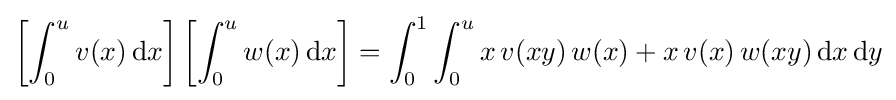
\left[\int _{0}^{u}v(x)\,\mathrm {d} x\right]\left[\int _{0}^{u}w(x)\,\mathrm {d} x\right]=\int _{0}^{1}\int _{0}^{u}x\,v(xy)\,w(x)+x\,v(x)\,w(xy)\,\mathrm {d} x\,\mathrm {d} y